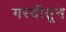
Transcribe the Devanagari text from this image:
गरदीतून